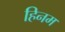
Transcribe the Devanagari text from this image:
हिनम